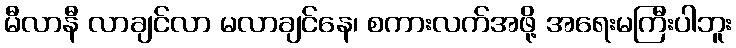
မီလာနီ လာချင်လာ မလာချင်နေ၊ စကားလက်အဖို့ အရေးမကြီးပါဘူး